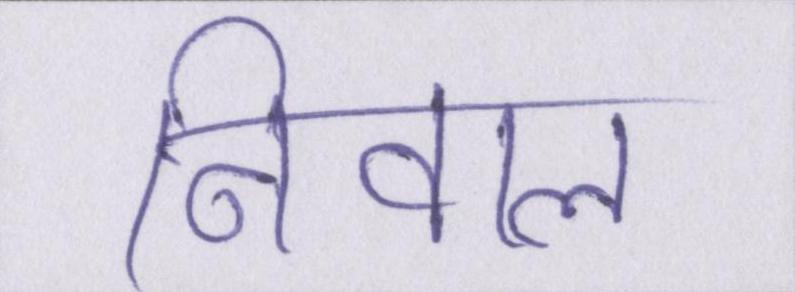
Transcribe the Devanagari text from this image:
निवाला